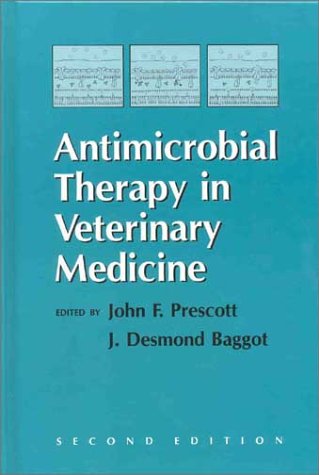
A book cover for Antimicrobial Therapy in Veterinary Medicine; John F. Prescott; Medical Books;